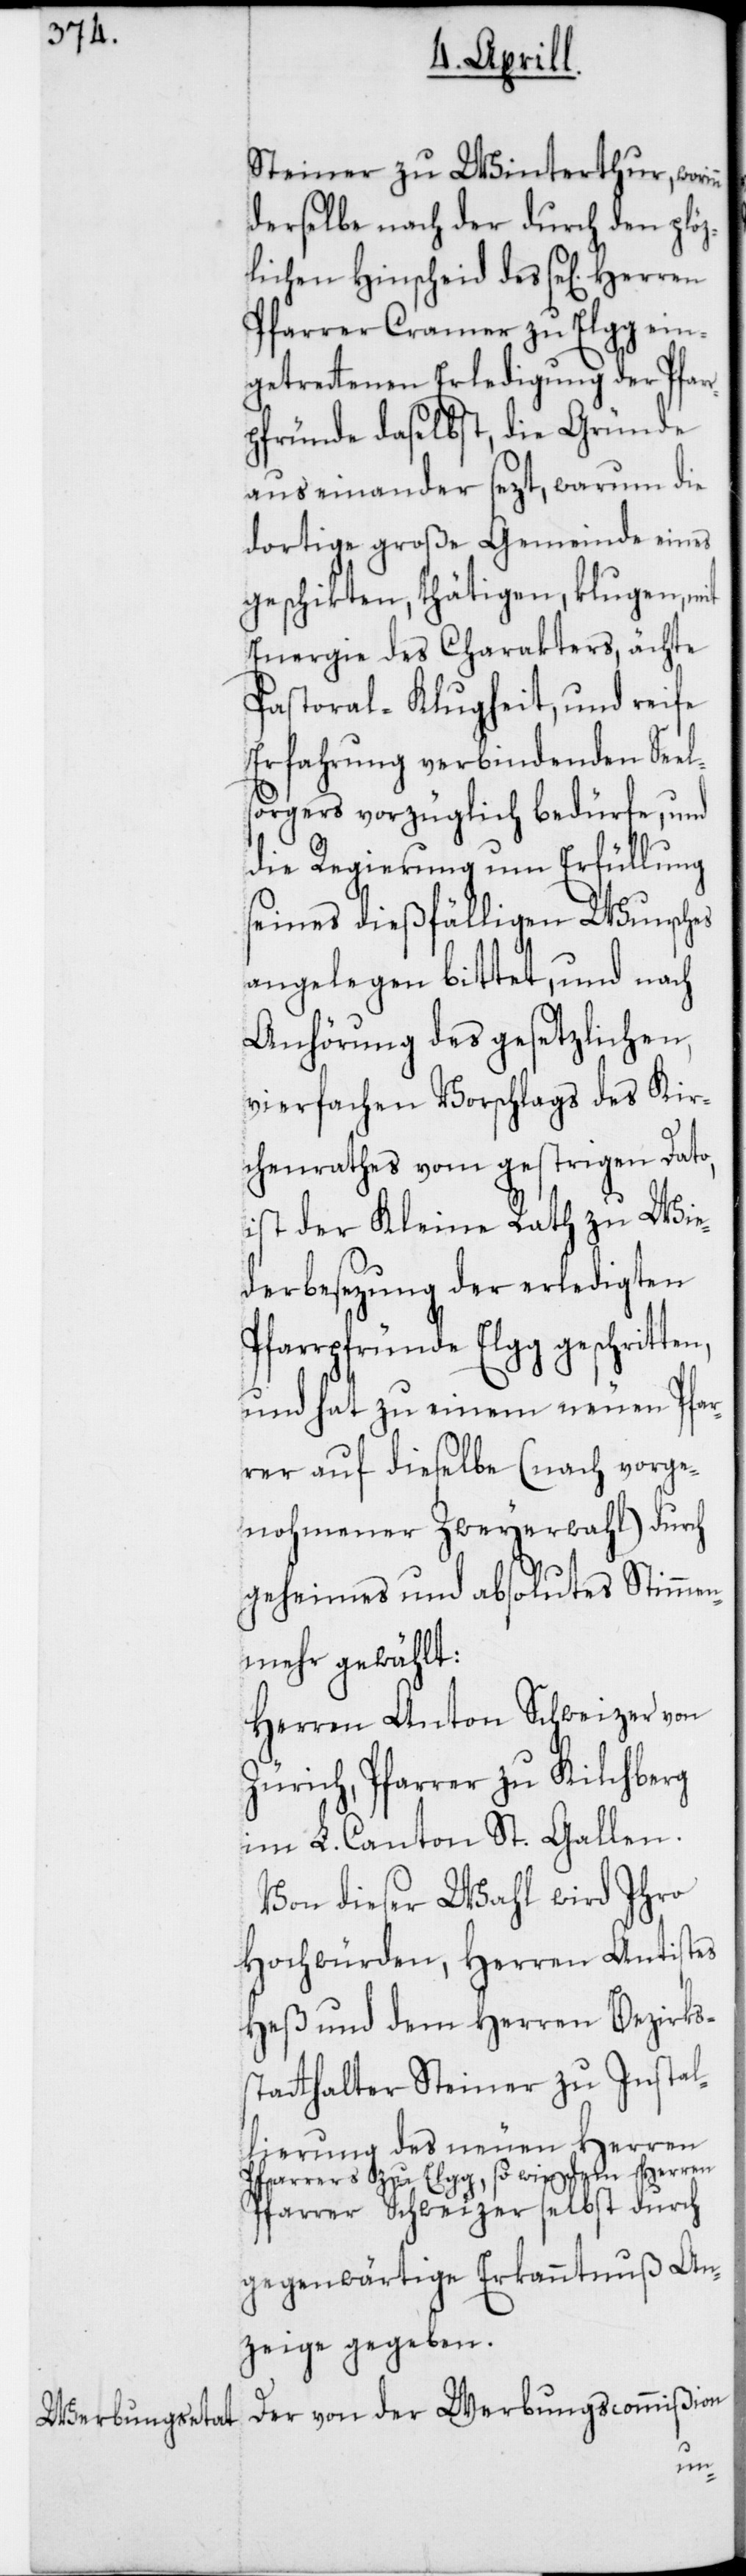
Steiner zu Winterthur, wor¬
derselbe nach der durch den plöz¬
lichen Hinscheid des sel. Herren
Pfarrer Cramer zu Elgg ein¬
getrettenen Erledigung der Pfar¬
rpfründe daselbst, die Gründe
auseinander sezt, warum die
dortige große Gemeinde eines
geschikten, thätigen, klugen, mit
Energie des Charakters, ächte
Pastoral-Klugheit, und reife
Erfahrung verbindenden Seel¬
sorgers vorzüglich bedürfe, und
die Regierung um Erfüllung
seines dießfälligen Wunsches
angelegen bittet, und nach
Anhörung des gesetzlichen,
vierfachen Vorschlags des Kir¬
chenrathes vom gestrigen Dato,
ist der Kleine Rath zu Wie¬
derbesezung der erledigten
Pfarrpfründe Elgg geschritten,
und hat zu einem neuen Pfar¬
rer auf dieselbe (nach vorge¬
nohmener Zweyerwahl) durch
geheimes und absolutes Stimmen¬
mehr gewählt:
Herren Anton Schweizer von
Zürich, Pfarrer zu Kilchberg
im L. Canton St. Gallen.
Von dieser Wahl wird Ihro
Hochwürden, Herren Antistes
Heß und dem Herren Bezirks¬
statthalter Steiner zu Instal¬
lierung des neuen Herren
Pfarrers zu Elgg, so wie dem Herren
Pfarrer Schweizer selbst, durch
gegenwärtige Erkanntnuß An¬
zeige gegeben.
Der von der Werbungscommißion
inn